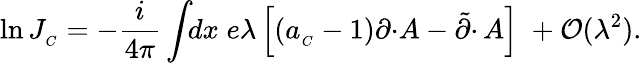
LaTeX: \ln J_{_C}=-\frac{i}{4\pi}\int\! \! dx\; e\lambda\left[(a_{_C}-1)\partial\cdotp\! A-\tilde{\partial}\cdotp A\right]\; +{\cal O}(\lambda^{2}).